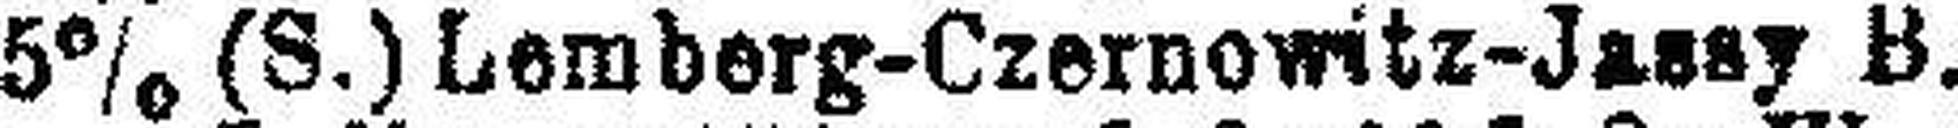
5% (S.) Lemberg-Czernowitz-Jassy B.